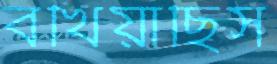
বখিয়াছিস